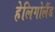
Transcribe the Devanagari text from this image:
हेलिगोलैंड